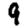
Digit: 9